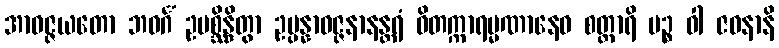
အာဝဇ္ဇယတော ဘဝင်္ဂံ ဥပစ္ဆိန္ဒိတွာ ဥပ္ပန္နာဝဇ္ဇနာနန္တရံ ဝိတက္ကာရမ္မဏာနေဝ စတ္တာရိ ပဉ္စ ဝါ ဇဝနာနိ